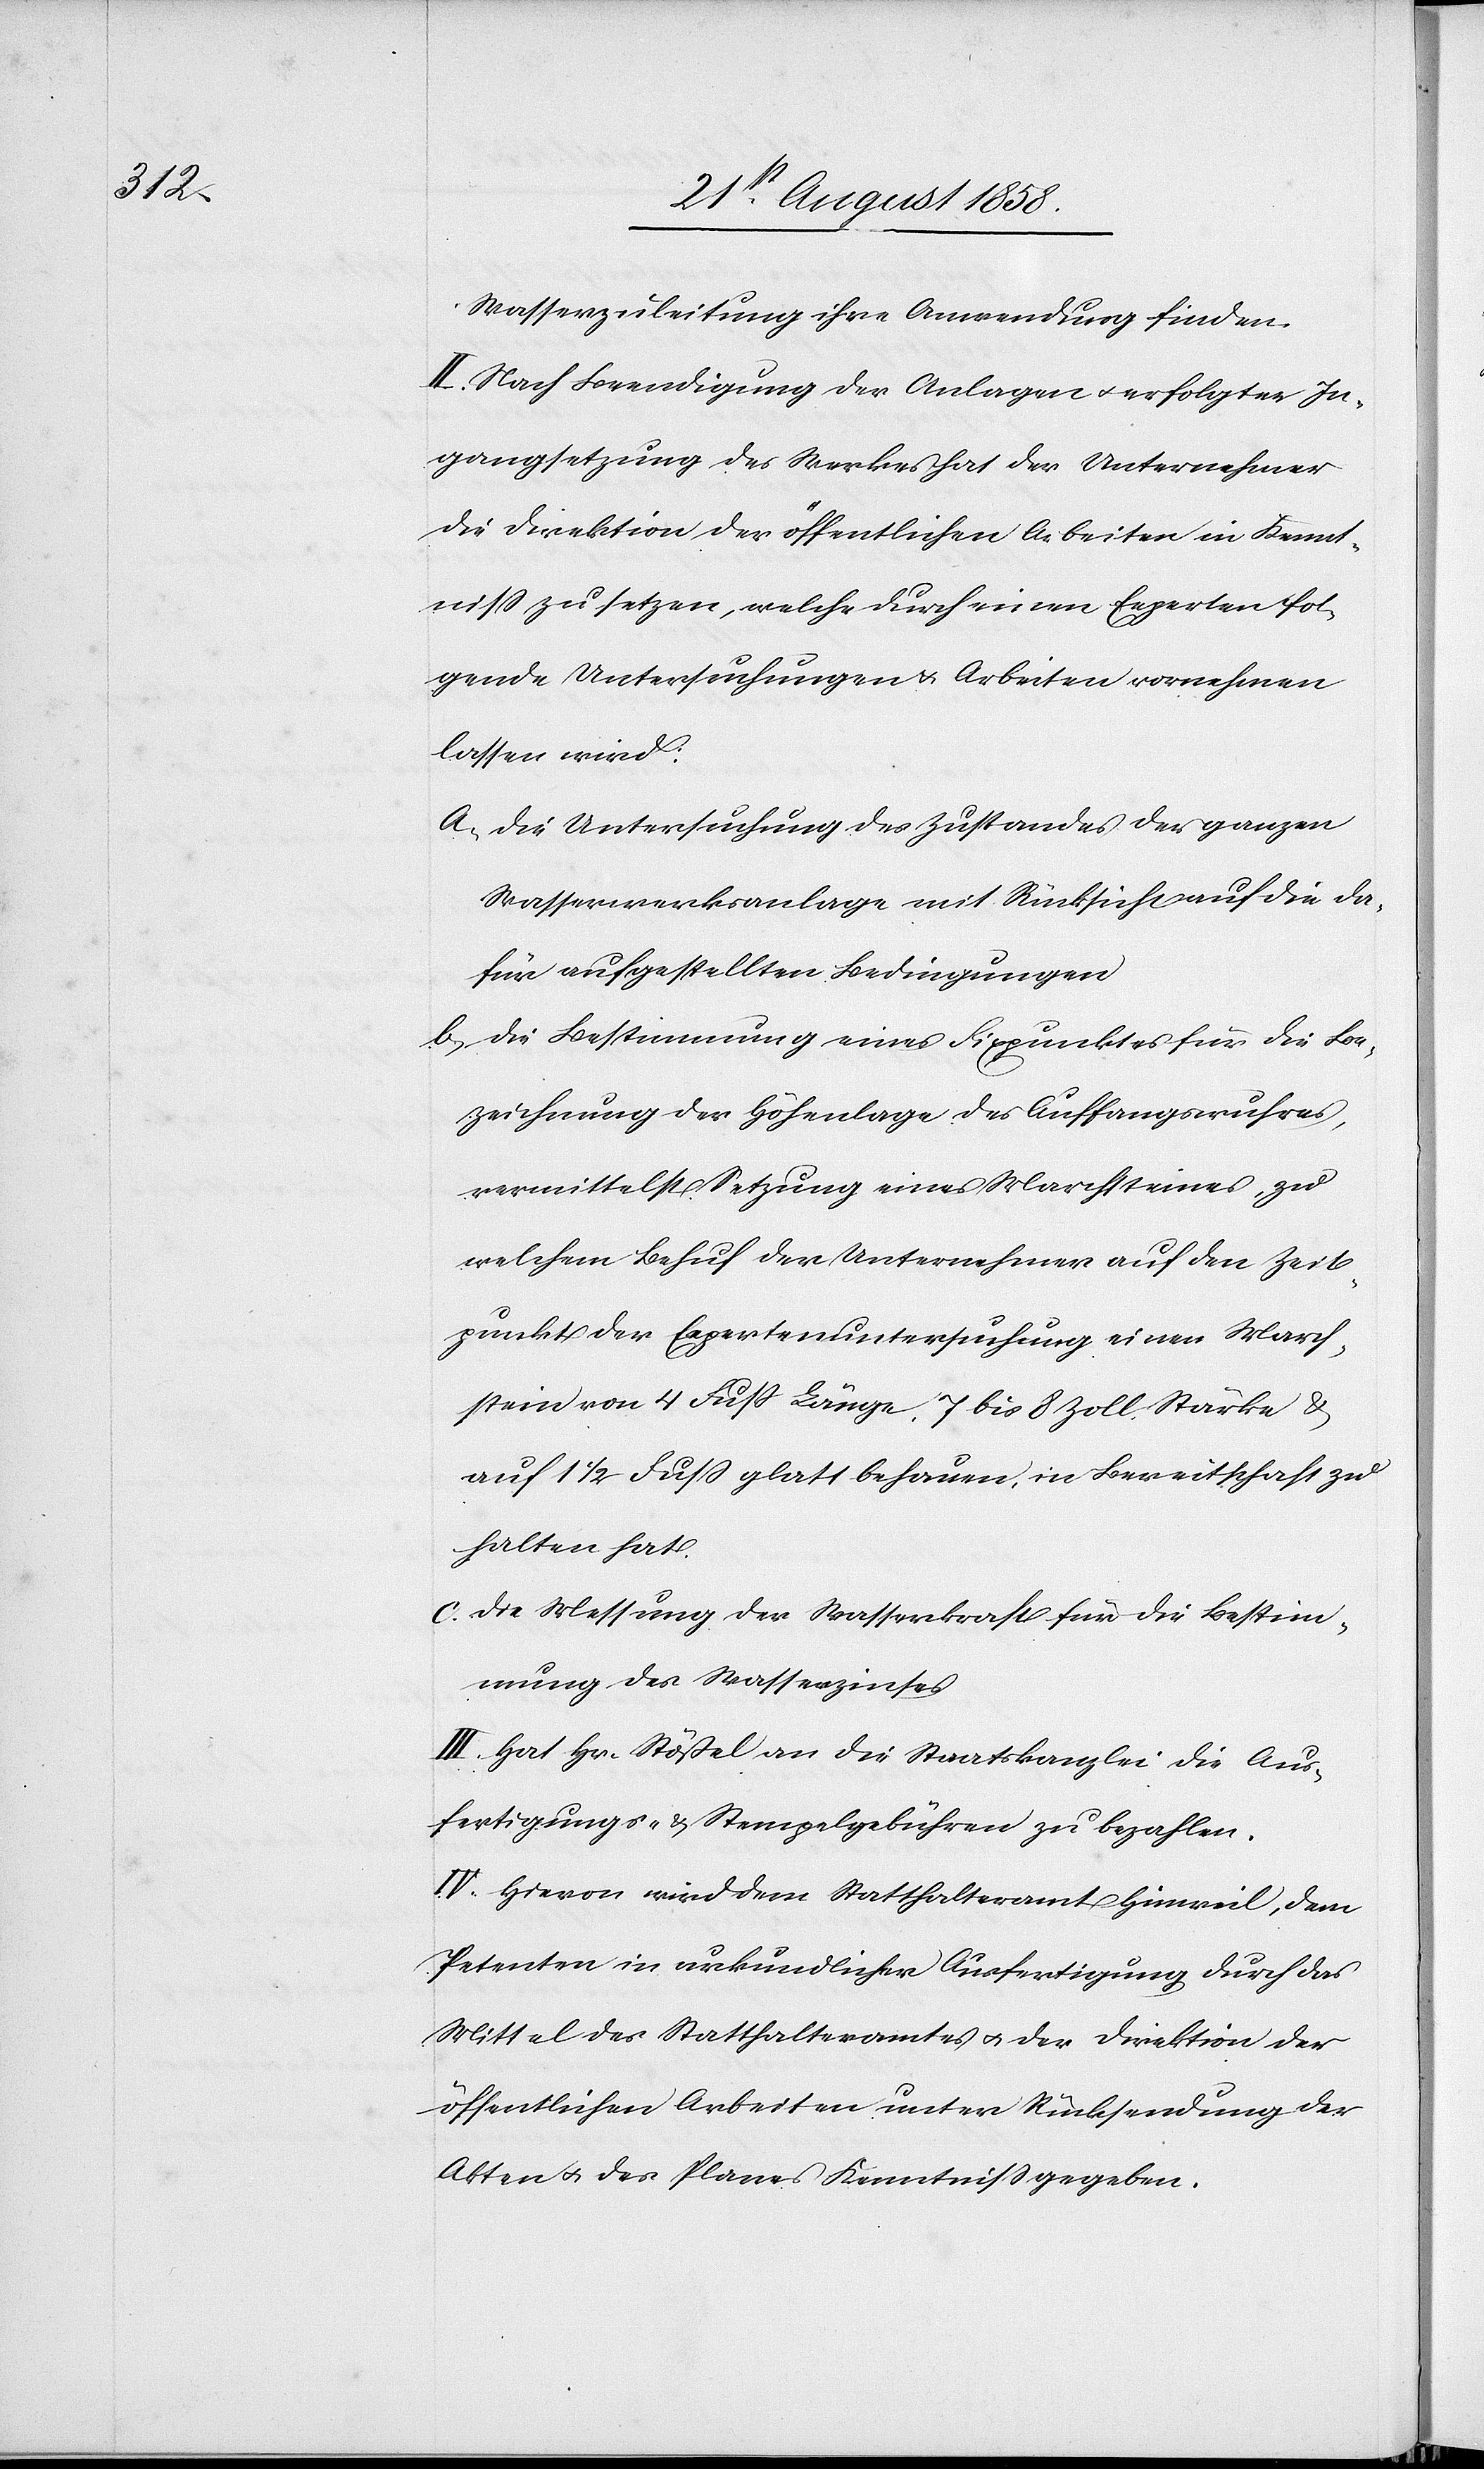
Wasserzuleitung ihre Anwendung finden.
II. Nach Beendigung der Anlagen & erfolgter In¬
gangsetzung des Werkes hat der Unternehmer
die Direktion der öffentlichen Arbeiten in Kennt¬
niss zu setzen, welche durch einen Experten fol¬
gende Untersuchungen & Arbeiten vornehmen
lassen wird:
Die Untersuchung des Zustandes der ganzen
Wasserwerksanlage mit Rücksicht auf die da¬
für aufgestellten Bedingungen
Die Bestimmung eines Fixpunktes für die Be¬
zeichnung der Höhenlage des Auffangswuhres,
vermittelst Setzung eines Marchsteines, zu
welchem Behuf der Unternehmer auf den Zeit¬
punkt der Expertenuntersuchung einen March¬
stein von 4 Fuss Länge, 7 bis 8 Zoll Stärke &
auf 1 1/2 Fuss glatt behauen, in Bereitschaft zu
halten hat.
Die Messung der Wasserkraft für die Bestim¬
mung des Wasserzinses
III. Hat Hr. Stößel an die Staatskanzlei die Aus¬
fertigungs- & Stempelgebühren zu bezahlen.
IV. Hievon wird dem Statthalteramt Hinweil, dem
Petenten in urkundlicher Ausfertigung durch das
Mittel des Statthalteramtes & der Direktion der
öffentlichen Arbeiten unter Rücksendung der
Akten & des Planes Kenntniss gegeben.